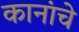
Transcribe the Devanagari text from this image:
कानांचे